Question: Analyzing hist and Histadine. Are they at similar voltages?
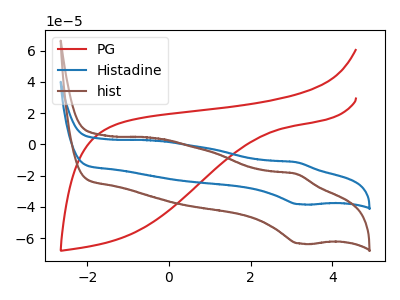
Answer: <think>The red curve "PG" has no peaks. The blue curve "Histadine" has an anodic peak at (3.10V, -11.35uA) and a cathodic peak at (3.20V, -38.25uA). The brown curve "hist" has an anodic peak at (3.10V, -18.80uA) and a cathodic peak at (3.20V, -63.35uA).
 All the peaks in "hist" have a peak in "Histadine" at the same potential.</think>
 <answer>"hist" and "Histadine" are similar in shape.</answer>
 <eval>same_shape</eval>